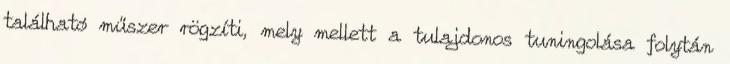
található műszer rögzíti, mely mellett a tulajdonos tuningolása folytán